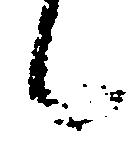
候